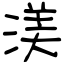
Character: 渼